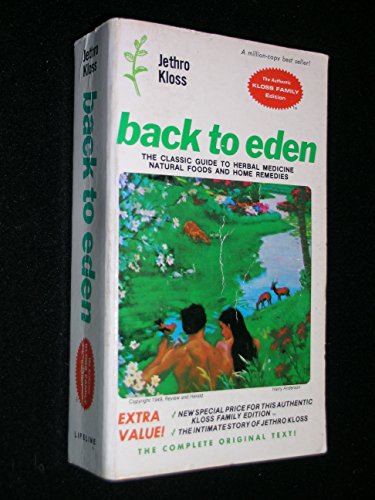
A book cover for Back to Eden: Classic Guide to Herbal Medicine, Natural Food and Home Remedies Since 1939; Jethro Kloss; Health, Fitness & Dieting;